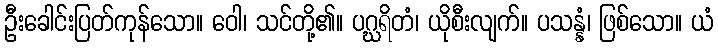
ဦးခေါင်းပြတ်ကုန်သော။ ဝေါ၊ သင်တို့၏။ ပဂ္ဃရိတံ၊ ယိုစီးလျက်။ ပသန္နံ၊ ဖြစ်သော။ ယံ